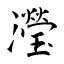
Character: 瀅